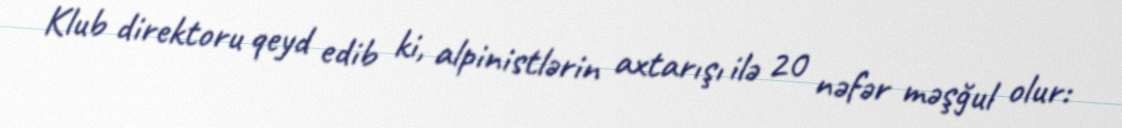
Klub direktoru qeyd edib ki, alpinistlərin axtarışı ilə 20 nəfər məşğul olur: